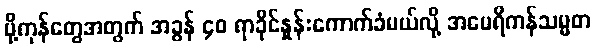
ပို့ကုန်တွေအတွက် အခွန် ၄၀ ရာခိုင်နှုန်းကောက်ခံမယ်လို့ အမေရိကန်သမ္မတ